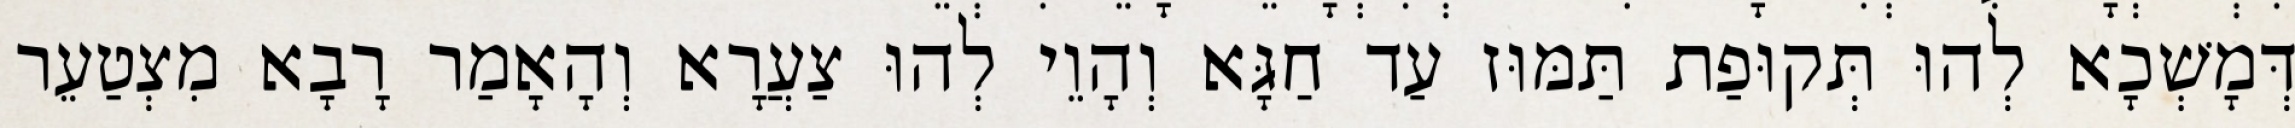
דְּמָשְׁכָא לְהוּ תְּקוּפַת תַּמּוּז עַד חַגָּא וְהָוֵי לְהוּ צַעֲרָא וְהָאָמַר רָבָא מִצְטַעֵר